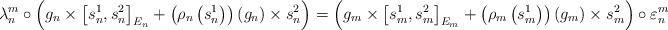
LaTeX: \begin{align*}\lambda_{n}^{m}\circ\left( g_{n}\times\left[ s_{n}^{1},s_{n}^{2}\right]_{E_{n}}+\left( \rho_{n}\left( s_{n}^{1}\right) \right) \left(g_{n}\right) \times s_{n}^{2}\right) =\left( g_{m}\times\left[ s_{m}^{1},s_{m}^{2}\right] _{E_{m}}+\left( \rho_{m}\left( s_{m}^{1}\right)\right) \left( g_{m}\right) \times s_{m}^{2}\right) \circ\varepsilon_{n}^{m}\end{align*}